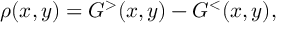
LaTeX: \rho ( x , y ) = G ^ { > } ( x , y ) - G ^ { < } ( x , y ) ,